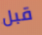
قبل